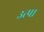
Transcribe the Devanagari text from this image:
उत्पा